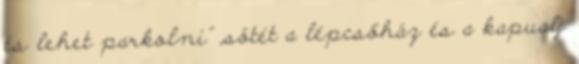
és lehet parkolni” „sötét a lépcsőház és a kapualj